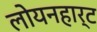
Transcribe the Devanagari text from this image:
लोयनहार्ट